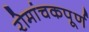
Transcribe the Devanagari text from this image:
रोमांचकपूर्ण